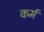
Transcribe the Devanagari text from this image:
कर्मं